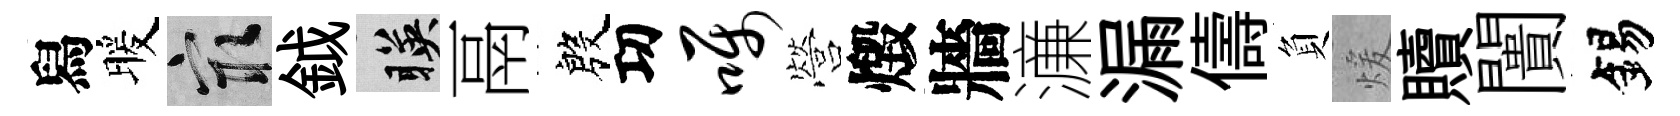
舄暖冣鉞暎鬲殷㓛嘱營燬牆濓漏儔負煖贖闠錫